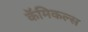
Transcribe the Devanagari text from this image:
कॅमिकल्स